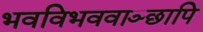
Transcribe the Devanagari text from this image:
भवविभववाञ्छापि